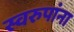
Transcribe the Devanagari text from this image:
स्वरुपांना